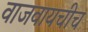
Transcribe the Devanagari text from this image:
वाजवायचीच